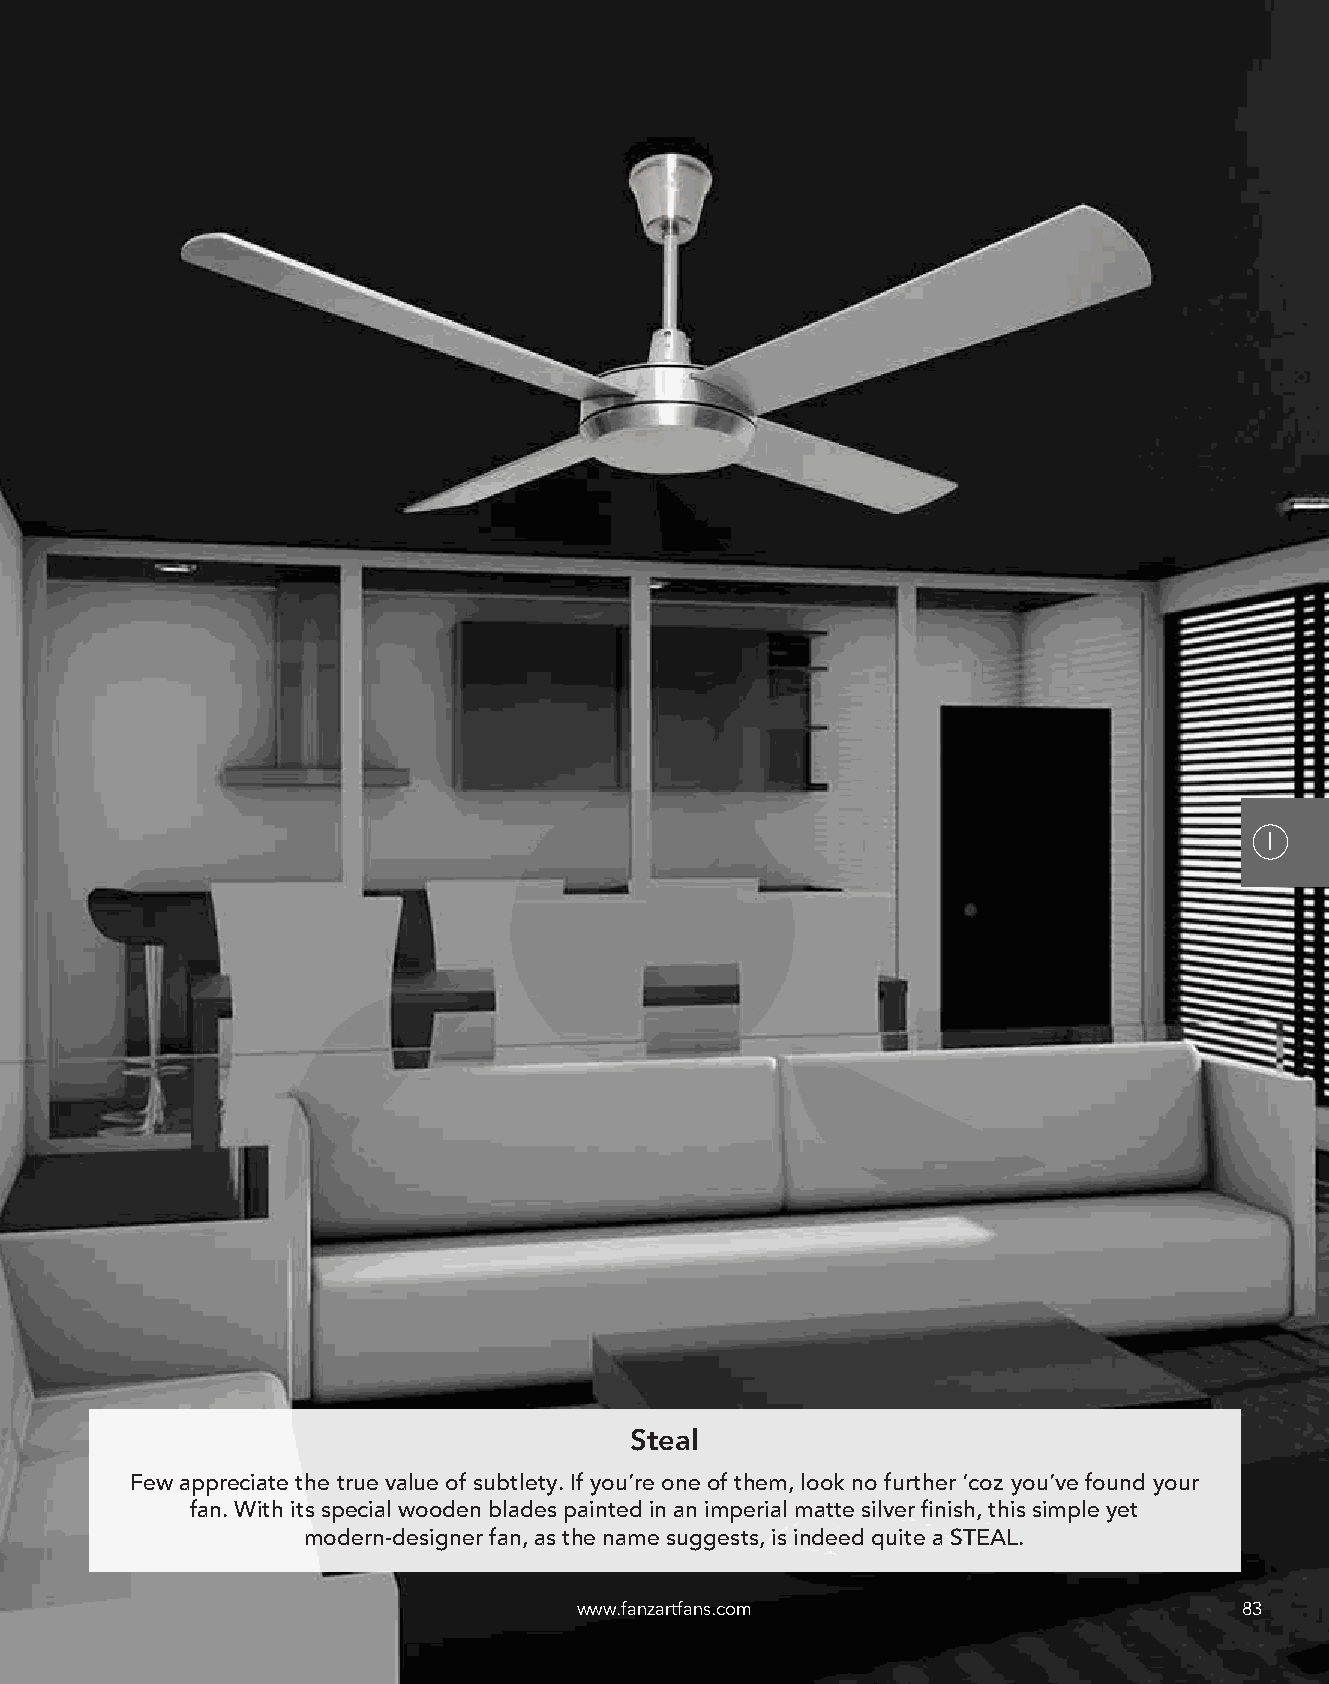
I
 Steal
 Few appreciate the true value of subtlety. If you’re one of them, look no further ‘coz you’ve found your
 fan. With its special wooden blades painted in an imperial matte silver finish, this simple yet
 modern-designer fan, as the name suggests, is indeed quite a STEAL.
 www.fanzartfans.com                         83